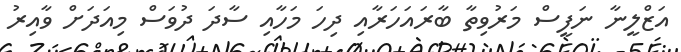
އަޒްލީނާ ނަފީސް މަރުވިތާ ބާރައަހަރާއި ދިހަ މަހާއި ސާދަ ދުވަސް މިއަދަށް ވާއިރު